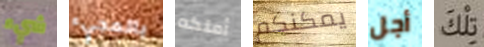
شيء بالمجيء أملكه يمكنكم أجل تلك